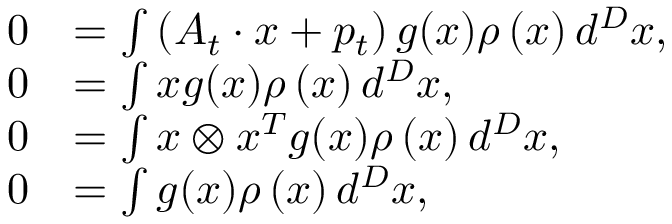
\begin{array} { r l } { 0 } & { = \int \left( A _ { t } \cdot x + p _ { t } \right) g ( x ) \rho \left( x \right) d ^ { D } x , } \\ { 0 } & { = \int x g ( x ) \rho \left( x \right) d ^ { D } x , } \\ { 0 } & { = \int x \otimes x ^ { T } g ( x ) \rho \left( x \right) d ^ { D } x , } \\ { 0 } & { = \int g ( x ) \rho \left( x \right) d ^ { D } x , } \end{array}